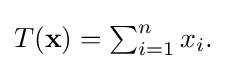
{\textstyle T(\mathbf {x} )=\sum _{i=1}^{n}x_{i}.}